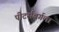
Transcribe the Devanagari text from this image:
पीटर्सबर्गला